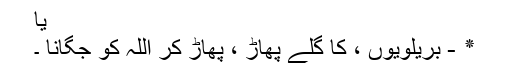
یا
٭ - بریلویوں ، کا گلے پھاڑ ، پھاڑ کر اللہ کو جگانا ۔